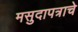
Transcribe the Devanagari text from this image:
मसुदापत्राचे